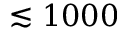
\lesssim 1 0 0 0